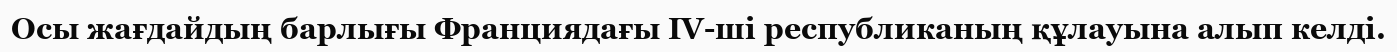
Осы жағдайдың барлығы Франциядағы ІV-ші республиканың құлауына алып келді.